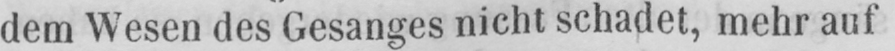
dem Wesen des Gesanges nicht schadet, mehr auf